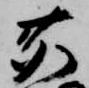
鹿